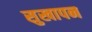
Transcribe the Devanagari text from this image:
सुखापन